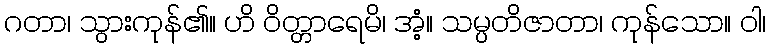
ဂတာ၊ သွားကုန်၏။ ဟိ ဝိတ္တာရေမိ၊ အံ့။ သမ္ပတိဇာတာ၊ ကုန်သော။ ဝါ၊